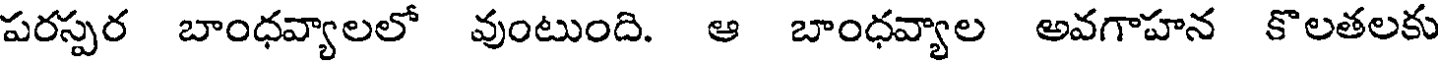
పరస్పర బాంధవ్యాలలో వుంటుంది. ఆ బాంధవ్యాల అవగాహన కొలతలకు